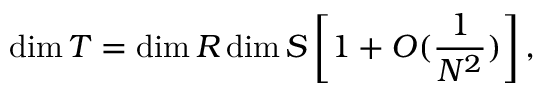
\dim T = \dim R \dim S \left[ 1 + O ( { \frac { 1 } { N ^ { 2 } } } ) \right] ,